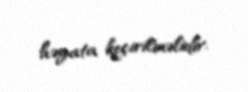
həyata keçirilməlidir.